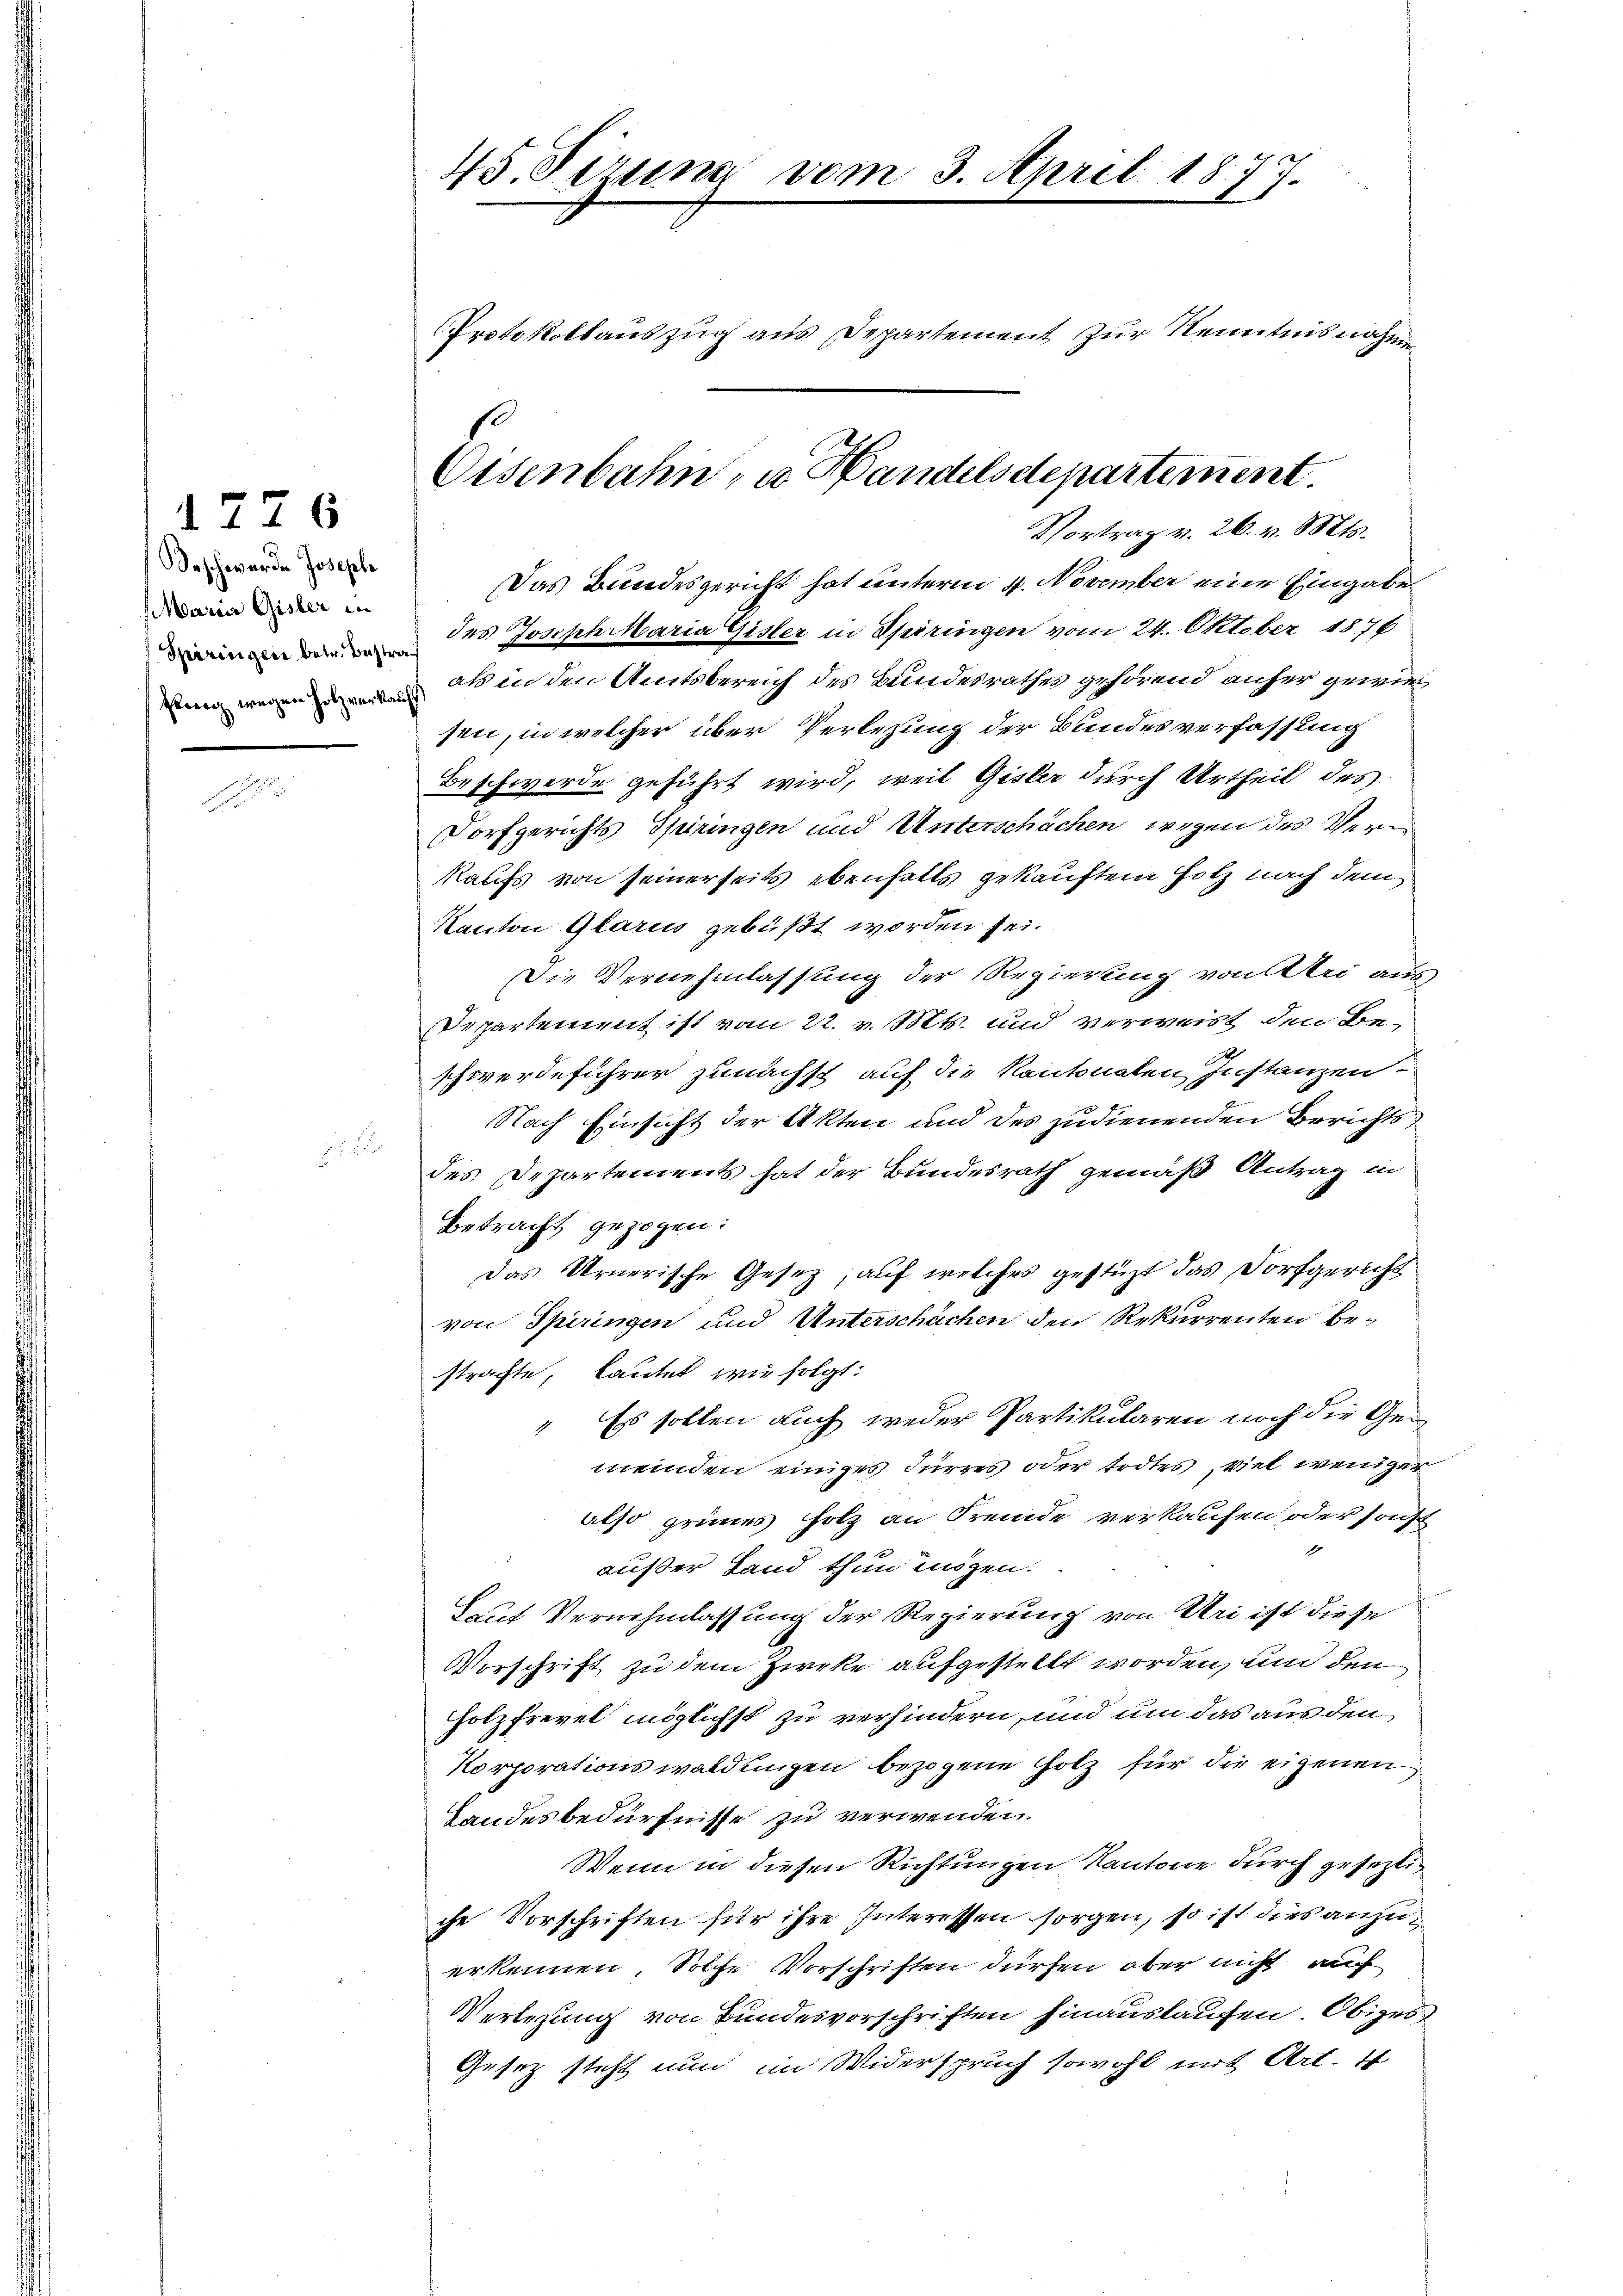
1776
Beschwerde Joseph
Marier Gisler in
Spiringen betr. Bestraf
Pennig wegen Holzverkaufs

45. Sizung vom 3. April 1877.
Protokollauszug aus Departement zur Kenntnisnahme

Eisenbahn zu Handelsdepartement
Vortrag v. 26. v. Mts.

Das Bundesgericht hat unterm 4. November eine Eingabe
des Joseph Maria Gisler in Spiringen vom 24. Oktober 1876
als in den Amtsbereich des Bundesrathes gehörend anfer gewies
sen, in welcher über Verlegung der Bundesverfassung
Beschwerde geführt wird, weil Gisler durch Urtheil des
Dorfgerichts Spiringen und Unterschächen wegen des Ver¬
Raufs von seinerseits ebenfalls gekauftem Hotz nach dem
Kanton Glarus gebüßt worden sei.
Die Vernehmlassung der Regierung von Uri aus
Departement ist vom 22. v. Mts. und verweist den Beschwerdeführer zunächst auf die Kantonalen Instanzen
Nach Einsicht der Akten und des zudienenden Berichts
des Departements hat der Bundesrath gemäß Antrag in
Betracht gezogen:
Das Urnerische Gesetz, auf welches gestüzt das Dorfgericht
von Spiringen und Unterschächen den Rekurrenten be-
strafte, lautet wie folgt:
" Es sollen auch weder Partikularen noch die Gemeinden einiges Furres oder todtes, viel weniger
also grünes Holz an Fremde verkaufen oder sonst
1
außer Land thun mögen.
Lauf Vernehmlassung der Regierung von Uri ist diese
Vorschrift zu dem Zircke aufgestellt worden, und den
Holzfrevel möglichst zu verhindern, und um das aus den
Korporationswaldungen bezogene Holz für die eigenen
Landesbedürfnisse zu verwenden.
Wenn in diesen Richtungen Kantone durch gesezliche Vorschriften für ihre Interessen sorgen, so ist dies anzuerkennen, Solche Vorschriften dürfen aber nicht auf
Verlegung von Bundesvorschriften hinauslaufen. Obiges
Gesetz steht nun im Widerspruch sowohl mit Art. 4